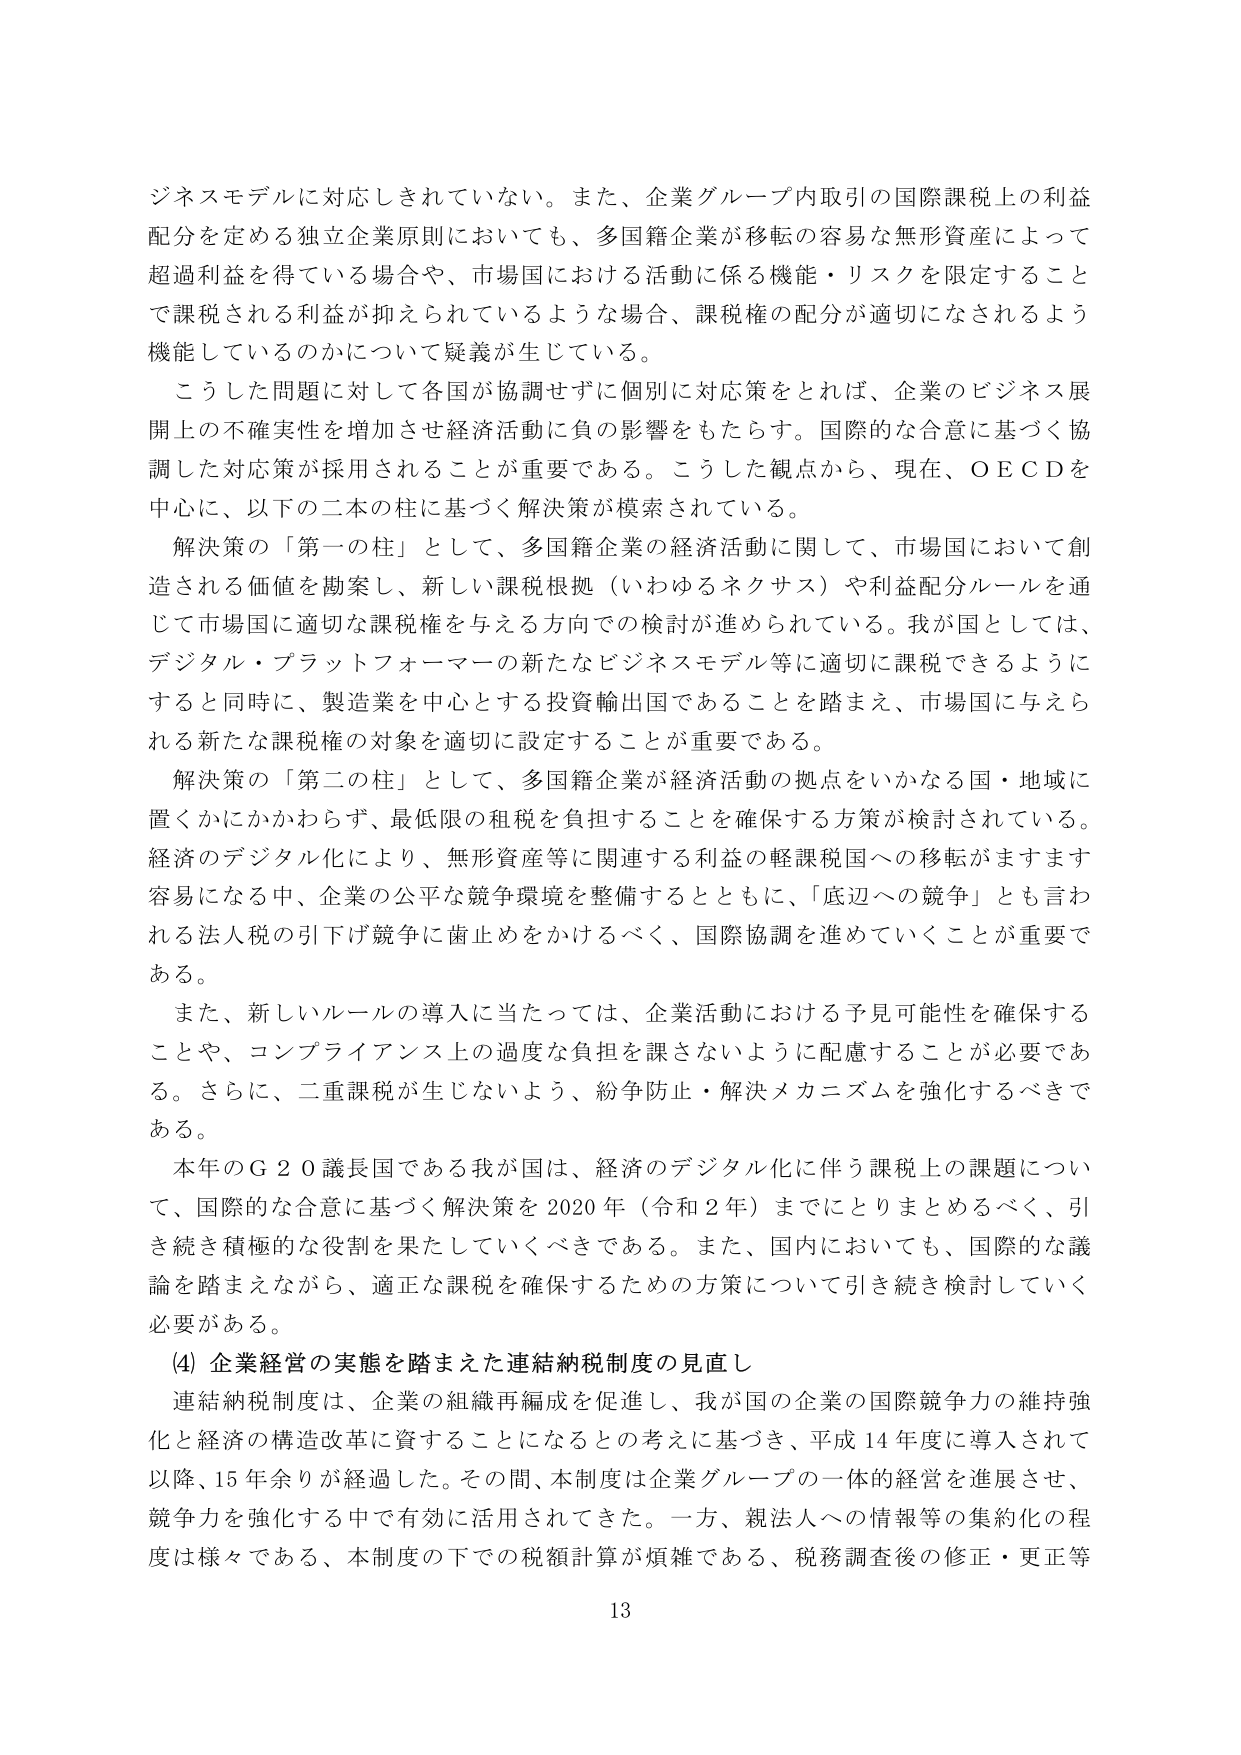
ビジネスモデルに対応しきれていない。また、企業グループ内取引の国際課税上の利益分配を定める独立企業原則においても、多国籍企業が移転の容易な無形資産によって超過利益を得ている場合や、市場国における活動に係る機能・リスクを限定することで課税される利益が抑えられているような場合、課税権の配分が適切になされるよう機能しているのかについて疑義が生じている。

こうした問題に対して各国が協調せずに個別に対応策をとれば、企業のビジネス展開上の不確実性を増加させ経済活動に負の影響をもたらす。国際的な合意に基づく協調した対応策が採用されることが重要である。こうした観点から、現在、ＯＥＣＤを中心に、以下の二本の柱に基づく解決策が模索されている。

解決策の「第一の柱」として、多国籍企業の経済活動に関して、市場国において創造される価値を勘案し、新しい課税根拠（いわゆるネクサス）や利益配分ルールを通じて市場国に適切な課税権を与える方向での検討が進められている。我が国としては、デジタル・プラットフォーマーの新たなビジネスモデル等に適切に課税できるようにすると同時に、製造業を中心とする投資輸出国であることを踏まえ、市場国に与えられる新たな課税権の対象を適切に設定することが重要である。

解決策の「第二の柱」として、多国籍企業が経済活動の拠点をいかなる国・地域に置くかにかかわらず、最低限の租税を負担することを確保する方策が検討されている。経済のデジタル化により、無形資産等に関連する利益の軽課税国への移転がますます容易になる中、企業の公平な競争環境を整備するとともに、「底辺への競争」とも言われる法人税の引下げ競争に歯止めをかけるべく、国際協調を進めていくことが重要である。

また、新しいルールの導入に当たっては、企業活動における予見可能性を確保することや、コンプライアンス上の過度な負担を課さないように配慮することが必要である。さらに、二重課税が生じないよう、紛争防止・解決メカニズムを強化するべきである。

本年のＧ２０議長国である我が国は、経済のデジタル化に伴う課税上の課題について、国際的な合意に基づく解決策を2020年（令和2年）までにとりまとめるべく、引き続き積極的な役割を果たしていくべきである。また、国内においても、国際的な議論を踏まえながら、適正な課税を確保するための方策について引き続き検討していく必要がある。

(4) 企業経営の実態を踏まえた連結納税制度の見直し

連結納税制度は、企業の組織再編成を促進し、我が国の企業の国際競争力の維持強化と経済の構造改革に資することになるとの考えに基づき、平成14年度に導入されて以降、15年余りが経過した。その間、本制度は企業グループの一体的経営を進展させ、競争力を強化する中で有効に活用されてきた。一方、親法人への情報等の集約化の程度は様々である、本制度の下での税額計算が煩雑である、税務調査後の修正・更正等

13